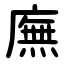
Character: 廡